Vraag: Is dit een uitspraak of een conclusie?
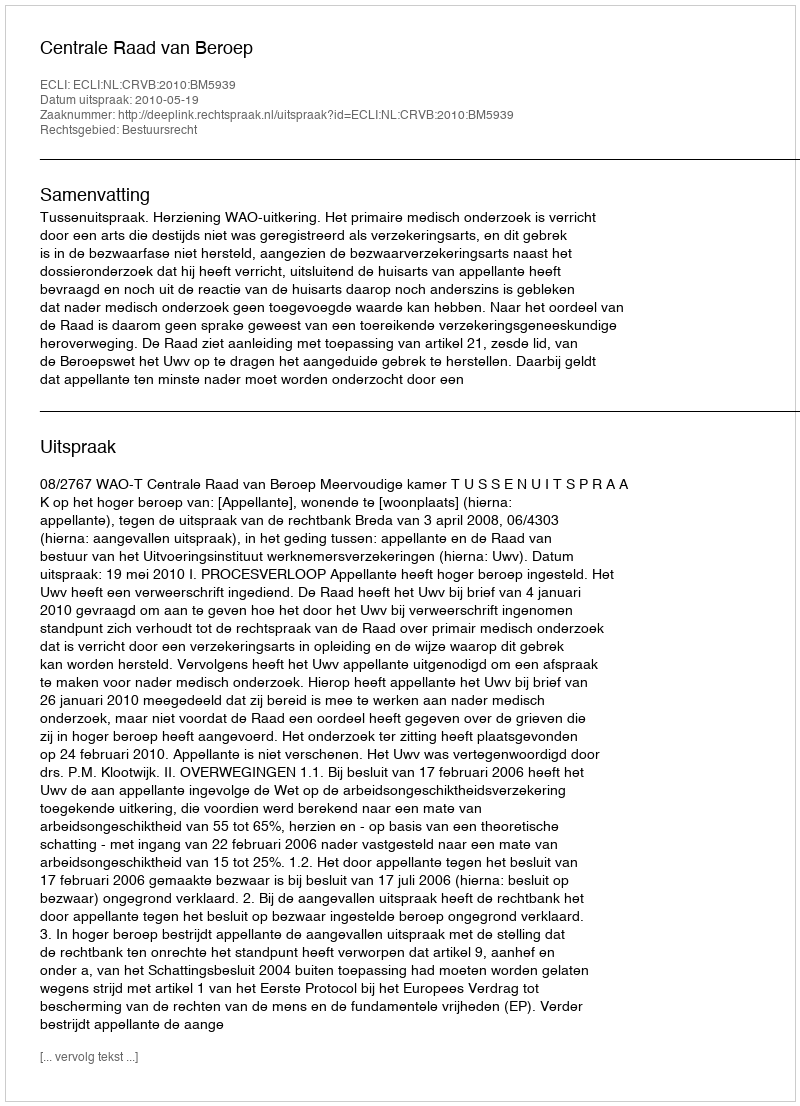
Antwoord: Uitspraak